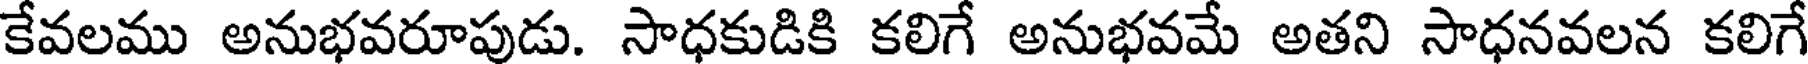
కేవలము అనుభవరూపుడు. సాధకుడికి కలిగే అనుభవమే అతని సాధనవలన కలిగే